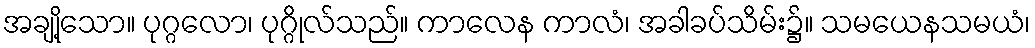
အချို့သော။ ပုဂ္ဂလော၊ ပုဂ္ဂိုလ်သည်။ ကာလေန ကာလံ၊ အခါခပ်သိမ်း၌။ သမယေနသမယံ၊